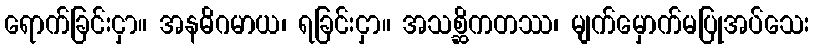
ရောက်ခြင်းငှာ။ အနဓိဂမာယ၊ ရခြင်းငှာ။ အသစ္ဆိကတဿ၊ မျက်မှောက်မပြုအပ်သေး